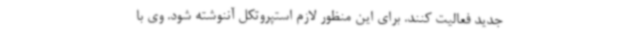
جدید فعالیت کنند. برای این منظور لازم استپروتکل آننوشته شود. وی با